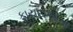
ફાયદાઓના